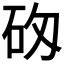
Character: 𥐷